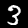
Label: 3